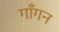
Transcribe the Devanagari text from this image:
गाँगन